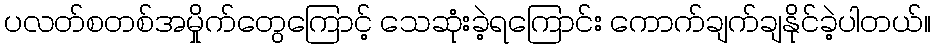
ပလတ်စတစ်အမှိုက်တွေကြောင့် သေဆုံးခဲ့ရကြောင်း ကောက်ချက်ချနိုင်ခဲ့ပါတယ်။